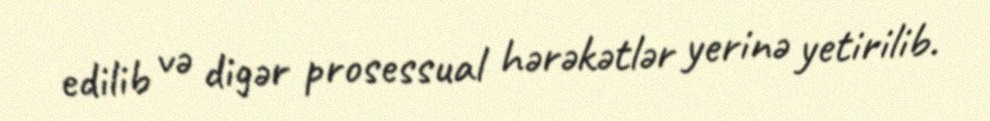
edilib və digər prosessual hərəkətlər yerinə yetirilib.